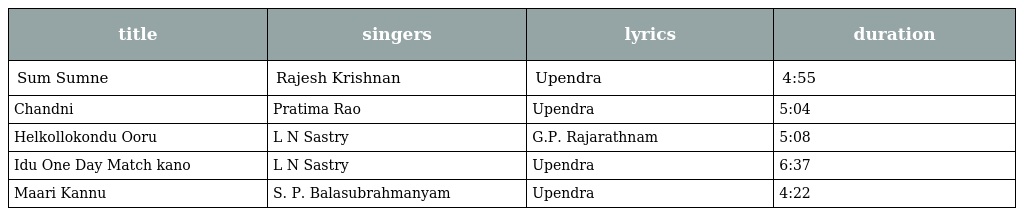
| title | singers | lyrics | duration |
 | --- | --- | --- | --- |
 | Sum Sumne | Rajesh Krishnan | Upendra | 4:55 |
 | Chandni | Pratima Rao | Upendra | 5:04 |
 | Helkollokondu Ooru | L N Sastry | G.P. Rajarathnam | 5:08 |
 | Idu One Day Match kano | L N Sastry | Upendra | 6:37 |
 | Maari Kannu | S. P. Balasubrahmanyam | Upendra | 4:22 |